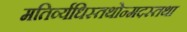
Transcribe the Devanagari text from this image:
मतिर्व्यधिस्तथोन्मदस्तथा